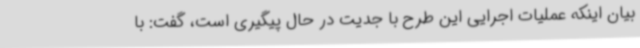
بیان اینکه عملیات اجرایی این طرح با جدیت در حال پیگیری است، گفت: با